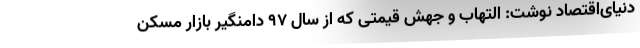
دنیای‌اقتصاد نوشت: التهاب و جهش قیمتی که از سال ۹۷ دامنگیر بازار مسکن